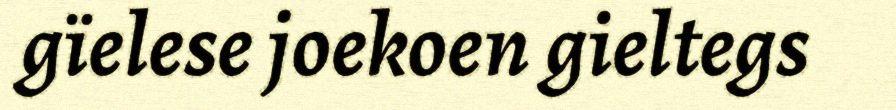
gïelese joekoen gieltegs